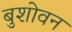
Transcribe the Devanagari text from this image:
बुशोवन